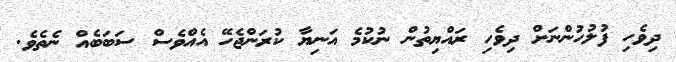
ދިވެހި ފުލުހުންނަށް ދިވެހި ރައްޔިތުން ނުކުމެ އަނިޔާ ކުރަންޖެހޭ އެއްވެސް ސަބަބެއް ނެތެވެ.